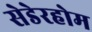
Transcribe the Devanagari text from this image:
सेडेरहोम